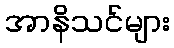
အာနိသင်များ